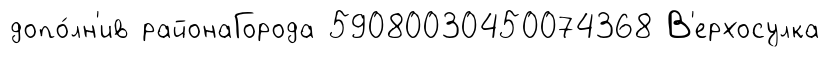
допо́лн'ив районаГорода 59080030450074368 В'ерхосулка